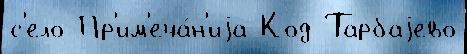
с'ело Пр'им'еча́н'иjа Код Тарбаjево